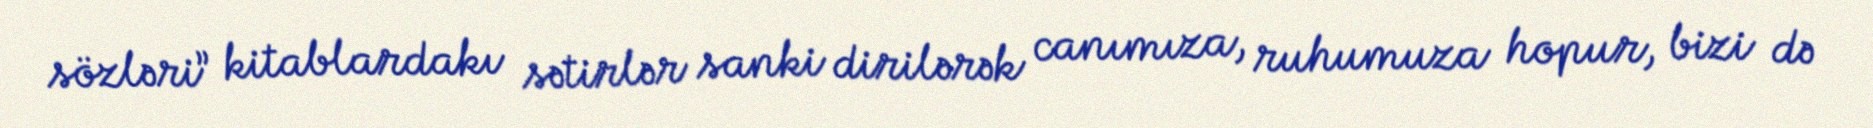
sözləri” kitablardakı sətirlər sanki dirilərək canımıza, ruhumuza hopur, bizi də